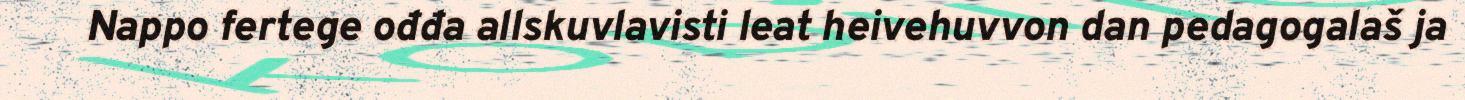
Nappo fertege ođđa allskuvlavisti leat heivehuvvon dan pedagogalaš ja